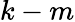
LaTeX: k-m